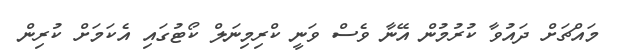
މައްޗަށް ދައުވާ ކުރުމުން އޭނާ ވެސް ވަނީ ކްރިމިނަލް ކޯޓުގައި އެކަމަށް ކުރިން